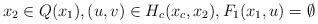
LaTeX: \begin{align*}x_2 \in Q(x_1),(u,v) \in H_c(x_c,x_2),F_1(x_1,u) = \emptyset\end{align*}